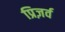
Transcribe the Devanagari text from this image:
प्रिज़र्व